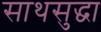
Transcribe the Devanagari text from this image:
साथसुद्धा